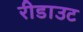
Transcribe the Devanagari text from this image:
रीडाउट